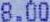
8.00